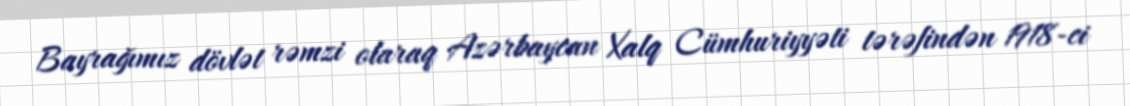
Bayrağımız dövlət rəmzi olaraq Azərbaycan Xalq Cümhuriyyəti tərəfindən 1918-ci